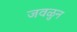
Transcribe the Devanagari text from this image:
जवळुन